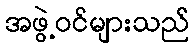
အဖွဲ့ဝင်များသည်